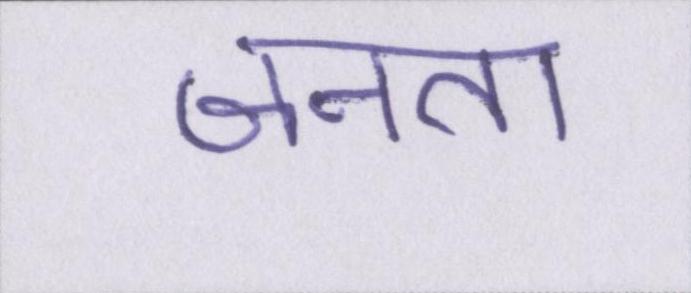
जनता